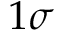
1 \sigma